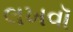
લખવૉ